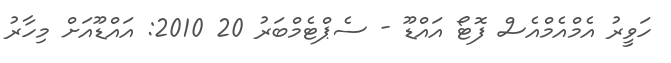
ހަވީރު އެމްއެމްއެސް ފޮޓޯ އައްޑޫ - ސެޕްޓެމްބަރު 20 2010: އައްޑޫއަށް މިހާރު